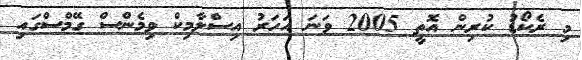
މި ރެކޯޑު ކުރިން އޮތީ 2005 ވަނަ އަހަރު އިސްލާމިކް ވިމެންސް ގޭމްސްގައި